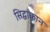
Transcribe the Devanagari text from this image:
सिद्धांकान